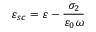
\varepsilon _ { s c } = \varepsilon - \frac { \sigma _ { 2 } } { \varepsilon _ { 0 } \omega }